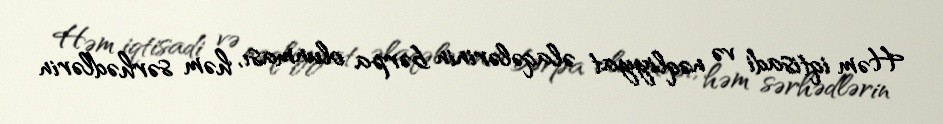
Həm iqtisadi və nəqliyyat əlaqələrinin bərpa olunması, həm sərhədlərin